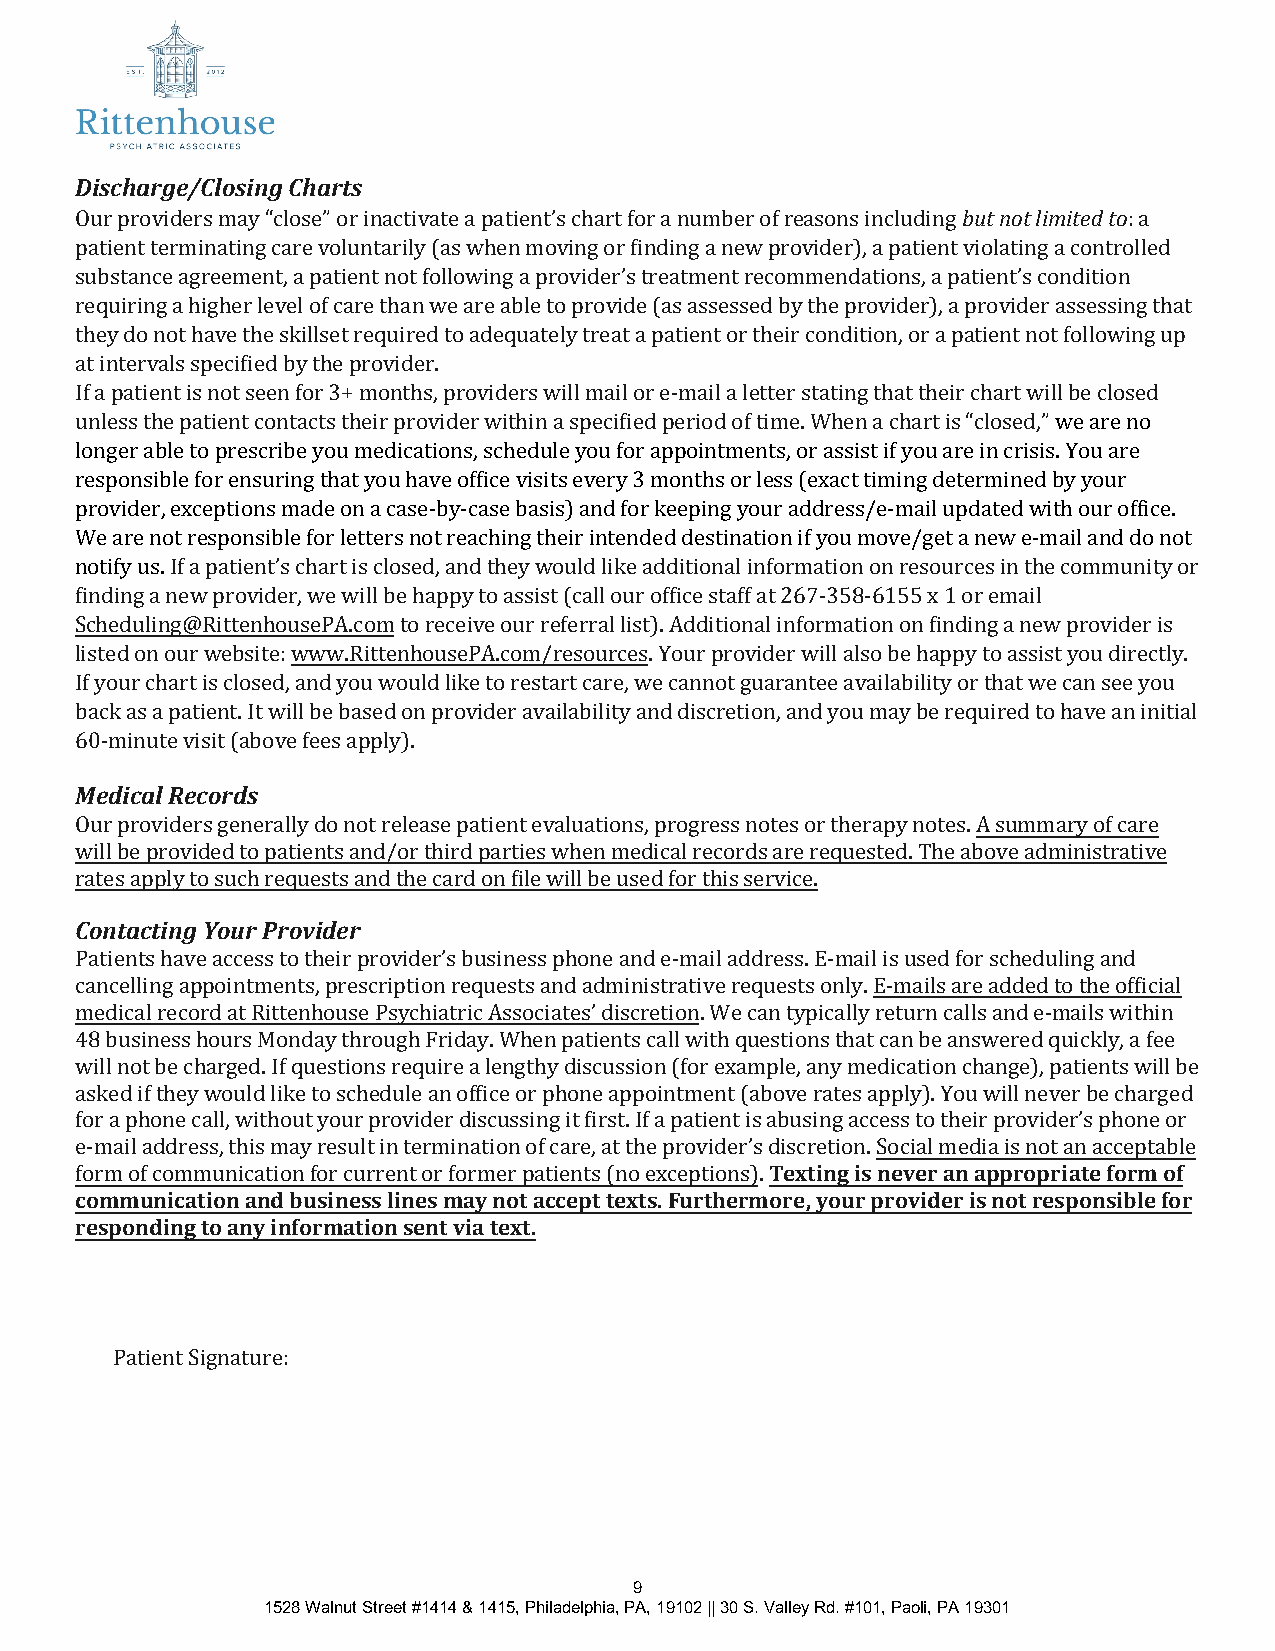
Discharge/Closing Charts
 Our providers may “close” or inactivate a patient’s chart for a number of reasons including but not limited to: a
 patient terminating care voluntarily (as when moving or finding a new provider), a patient violating a controlled
 substance agreement, a patient not following a provider’s treatment recommendations, a patient’s condition
 requiring a higher level of care than we are able to provide (as assessed by the provider), a provider assessing that
 they do not have the skillset required to adequately treat a patient or their condition, or a patient not following up
 at intervals specified by the provider.
 If a patient is not seen for 3+ months, providers will mail or e-mail a letter stating that their chart will be closed
 unless the patient contacts their provider within a specified period of time. When a chart is “closed,” we are no
 longer able to prescribe you medications, schedule you for appointments, or assist if you are in crisis. You are
 responsible for ensuring that you have office visits every 3 months or less (exact timing determined by your
 provider, exceptions made on a case-by-case basis) and for keeping your address/e-mail updated with our office.
 We are not responsible for letters not reaching their intended destination if you move/get a new e-mail and do not
 notify us. If a patient’s chart is closed, and they would like additional information on resources in the community or
 finding a new provider, we will be happy to assist (call our office staff at 267-358-6155 x 1 or email
 Scheduling@RittenhousePA.com to receive our referral list). Additional information on finding a new provider is
 listed on our website: www.RittenhousePA.com/resources. Your provider will also be happy to assist you directly.
 If your chart is closed, and you would like to restart care, we cannot guarantee availability or that we can see you
 back as a patient. It will be based on provider availability and discretion, and you may be required to have an initial
 60-minute visit (above fees apply).
 Medical Records
 Our providers generally do not release patient evaluations, progress notes or therapy notes. A summary of care
 will be provided to patients and/or third parties when medical records are requested. The above administrative
 rates apply to such requests and the card on file will be used for this service.
 Contacting Your Provider
 Patients have access to their provider’s business phone and e-mail address. E-mail is used for scheduling and
 cancelling appointments, prescription requests and administrative requests only. E-mails are added to the official
 medical record at Rittenhouse Psychiatric Associates’ discretion. We can typically return calls and e-mails within
 48 business hours Monday through Friday. When patients call with questions that can be answered quickly, a fee
 will not be charged. If questions require a lengthy discussion (for example, any medication change), patients will be
 asked if they would like to schedule an office or phone appointment (above rates apply). You will never be charged
 for a phone call, without your provider discussing it first. If a patient is abusing access to their provider’s phone or
 e-mail address, this may result in termination of care, at the provider’s discretion. Social media is not an acceptable
 form of communication for current or former patients (no exceptions). Texting is never an appropriate form of
 communication and business lines may not accept texts. Furthermore, your provider is not responsible for
 responding to any information sent via text.
 Patient Signature:
 9
 1528 Walnut Street #1414 & 1415, Philadelphia, PA, 19102 || 30 S. Valley Rd. #101, Paoli, PA 19301